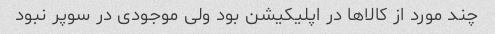
چند مورد از کالاها در اپلیکیشن بود ولی موجودی در سوپر نبود